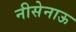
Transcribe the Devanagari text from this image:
नीसेनाऊ